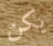
يكن